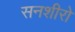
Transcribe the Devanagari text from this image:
सनशीरो